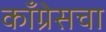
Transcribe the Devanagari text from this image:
कॉँग्रेसचा